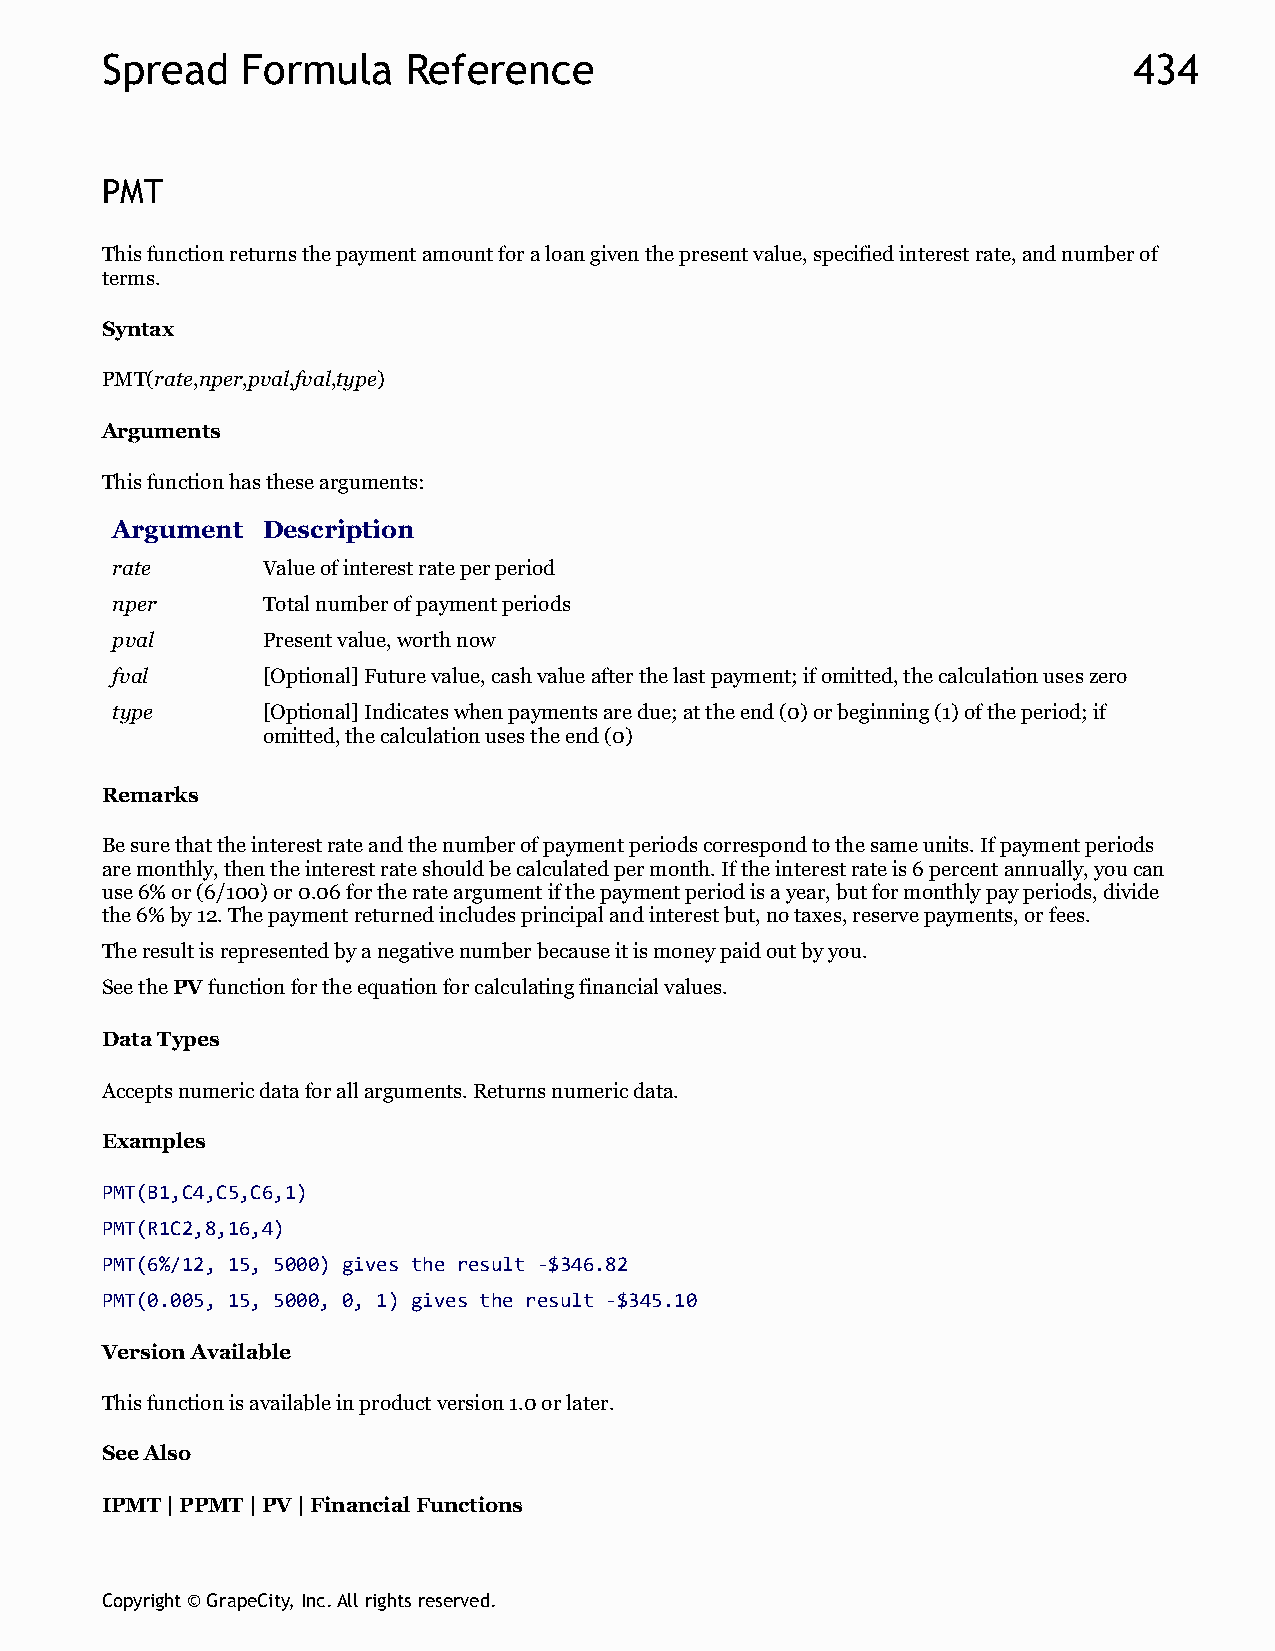
Spread   Formula    Reference                                       434
 PMT
 This function returns the payment amount for a loan given the present value, specified interest rate, and number of
 terms.
 Syntax
 PMT(rate,nper,pval,fval,type)
 Arguments
 This function has these arguments:
 Argument  Description
 rate      Value of interest rate per period
 nper      Total number of payment periods
 pval      Present value, worth now
 fval      [Optional] Future value, cash value after the last payment; if omitted, the calculation uses zero
 type      [Optional] Indicates when payments are due; at the end (0) or beginning (1) of the period; if
 omitted, the calculation uses the end (0)
 Remarks
 Be sure that the interest rate and the number of payment periods correspond to the same units. If payment periods
 are monthly, then the interest rate should be calculated per month. If the interest rate is 6 percent annually, you can
 use 6% or (6/100) or 0.06 for the rate argument if the payment period is a year, but for monthly pay periods, divide
 the 6% by 12. The payment returned includes principal and interest but, no taxes, reserve payments, or fees.
 The result is represented by a negative number because it is money paid out by you.
 See the PV function for the equation for calculating financial values.
 Data Types
 Accepts numeric data for all arguments. Returns numeric data.
 Examples
 PMT(B1,C4,C5,C6,1)
 PMT(R1C2,8,16,4)
 PMT(6%/12, 15, 5000) gives the result -$346.82
 PMT(0.005, 15, 5000, 0, 1) gives the result -$345.10
 Version Available
 This function is available in product version 1.0 or later.
 See Also
 IPMT | PPMT | PV | Financial Functions
 Copyright © GrapeCity, Inc. All rights reserved.